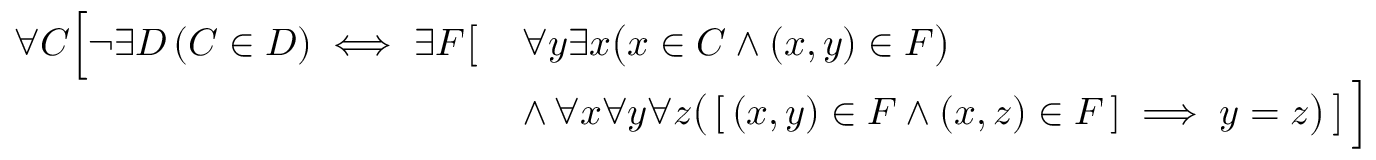
{ \begin{array} { r l } { \forall C { \Bigl [ } \lnot \exists D \left( C \in D \right) \iff \exists F { \bigl [ } } & { \, \forall y \exists x { \bigl ( } x \in C \land ( x , y ) \in F { \bigr ) } } \\ & { \, \land \, \forall x \forall y \forall z { \bigl ( } \, [ \, ( x , y ) \in F \land ( x , z ) \in F \, ] \implies y = z { \bigr ) } \, { \bigr ] } \, { \Bigr ] } } \end{array} }